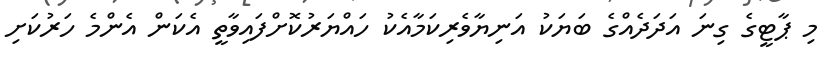
މި ޕާޓީގެ ގިނަ އަދަދެއްގެ ބަޔަކު އަނިޔާވެރިކަމާއެކު ހައްޔަރުކޮށްފައިވާތީ އެކަން އެންމެ ހަރުކަށި